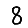
Digit: 8